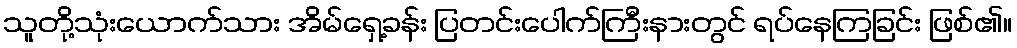
သူတို့သုံးယောက်သား အိမ်ရှေ့ခန်း ပြတင်းပေါက်ကြီးနားတွင် ရပ်နေကြခြင်း ဖြစ်၏။